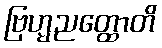
ဗြဟ္မညတ္ထောတိ